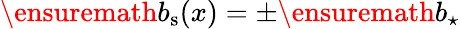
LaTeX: \ensuremath{b_{\mathrm{s}}}(x)=\pm\ensuremath{b_{\star}}